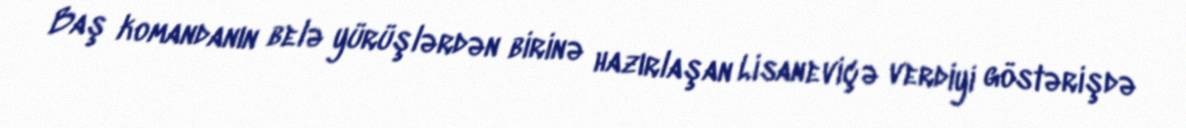
Baş komandanın belə yürüşlərdən birinə hazırlaşan Lisaneviçə verdiyi göstərişdə